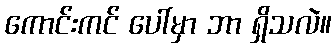
ကောင်းကင် ပေါ်မှာ ဘာ ရှိသလဲ။